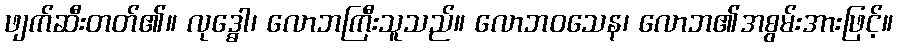
ဖျက်ဆီးတတ်၏။ လုဒ္ဓေါ၊ လောဘကြီးသူသည်။ လောဘဝသေန၊ လောဘ၏အစွမ်းအားဖြင့်။